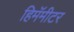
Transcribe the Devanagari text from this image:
हिमॅमीटर